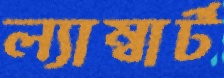
ল্যাম্বার্ট